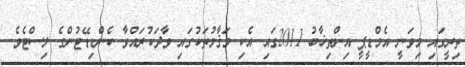
ތިރީގައި މިވަނީ އެމްޑީޕީ އިންތިޚާބު 2011ގައި އެކި މަޤާމުތަކުގައި ވާދަކުރައްވާ ކެންޑިޑޭޓުންގެ ލިސްޓެވެ.